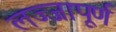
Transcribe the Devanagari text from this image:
लज्जापूर्ण